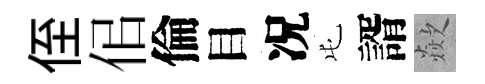
侄佀倫目况屯諝歘